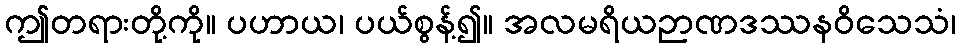
ဤတရားတို့ကို။ ပဟာယ၊ ပယ်စွန့်၍။ အလမရိယဉာဏဒဿနဝိသေသံ၊